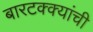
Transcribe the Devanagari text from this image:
बारटक्क्यांची